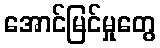
အောင်မြင်မှုတွေ